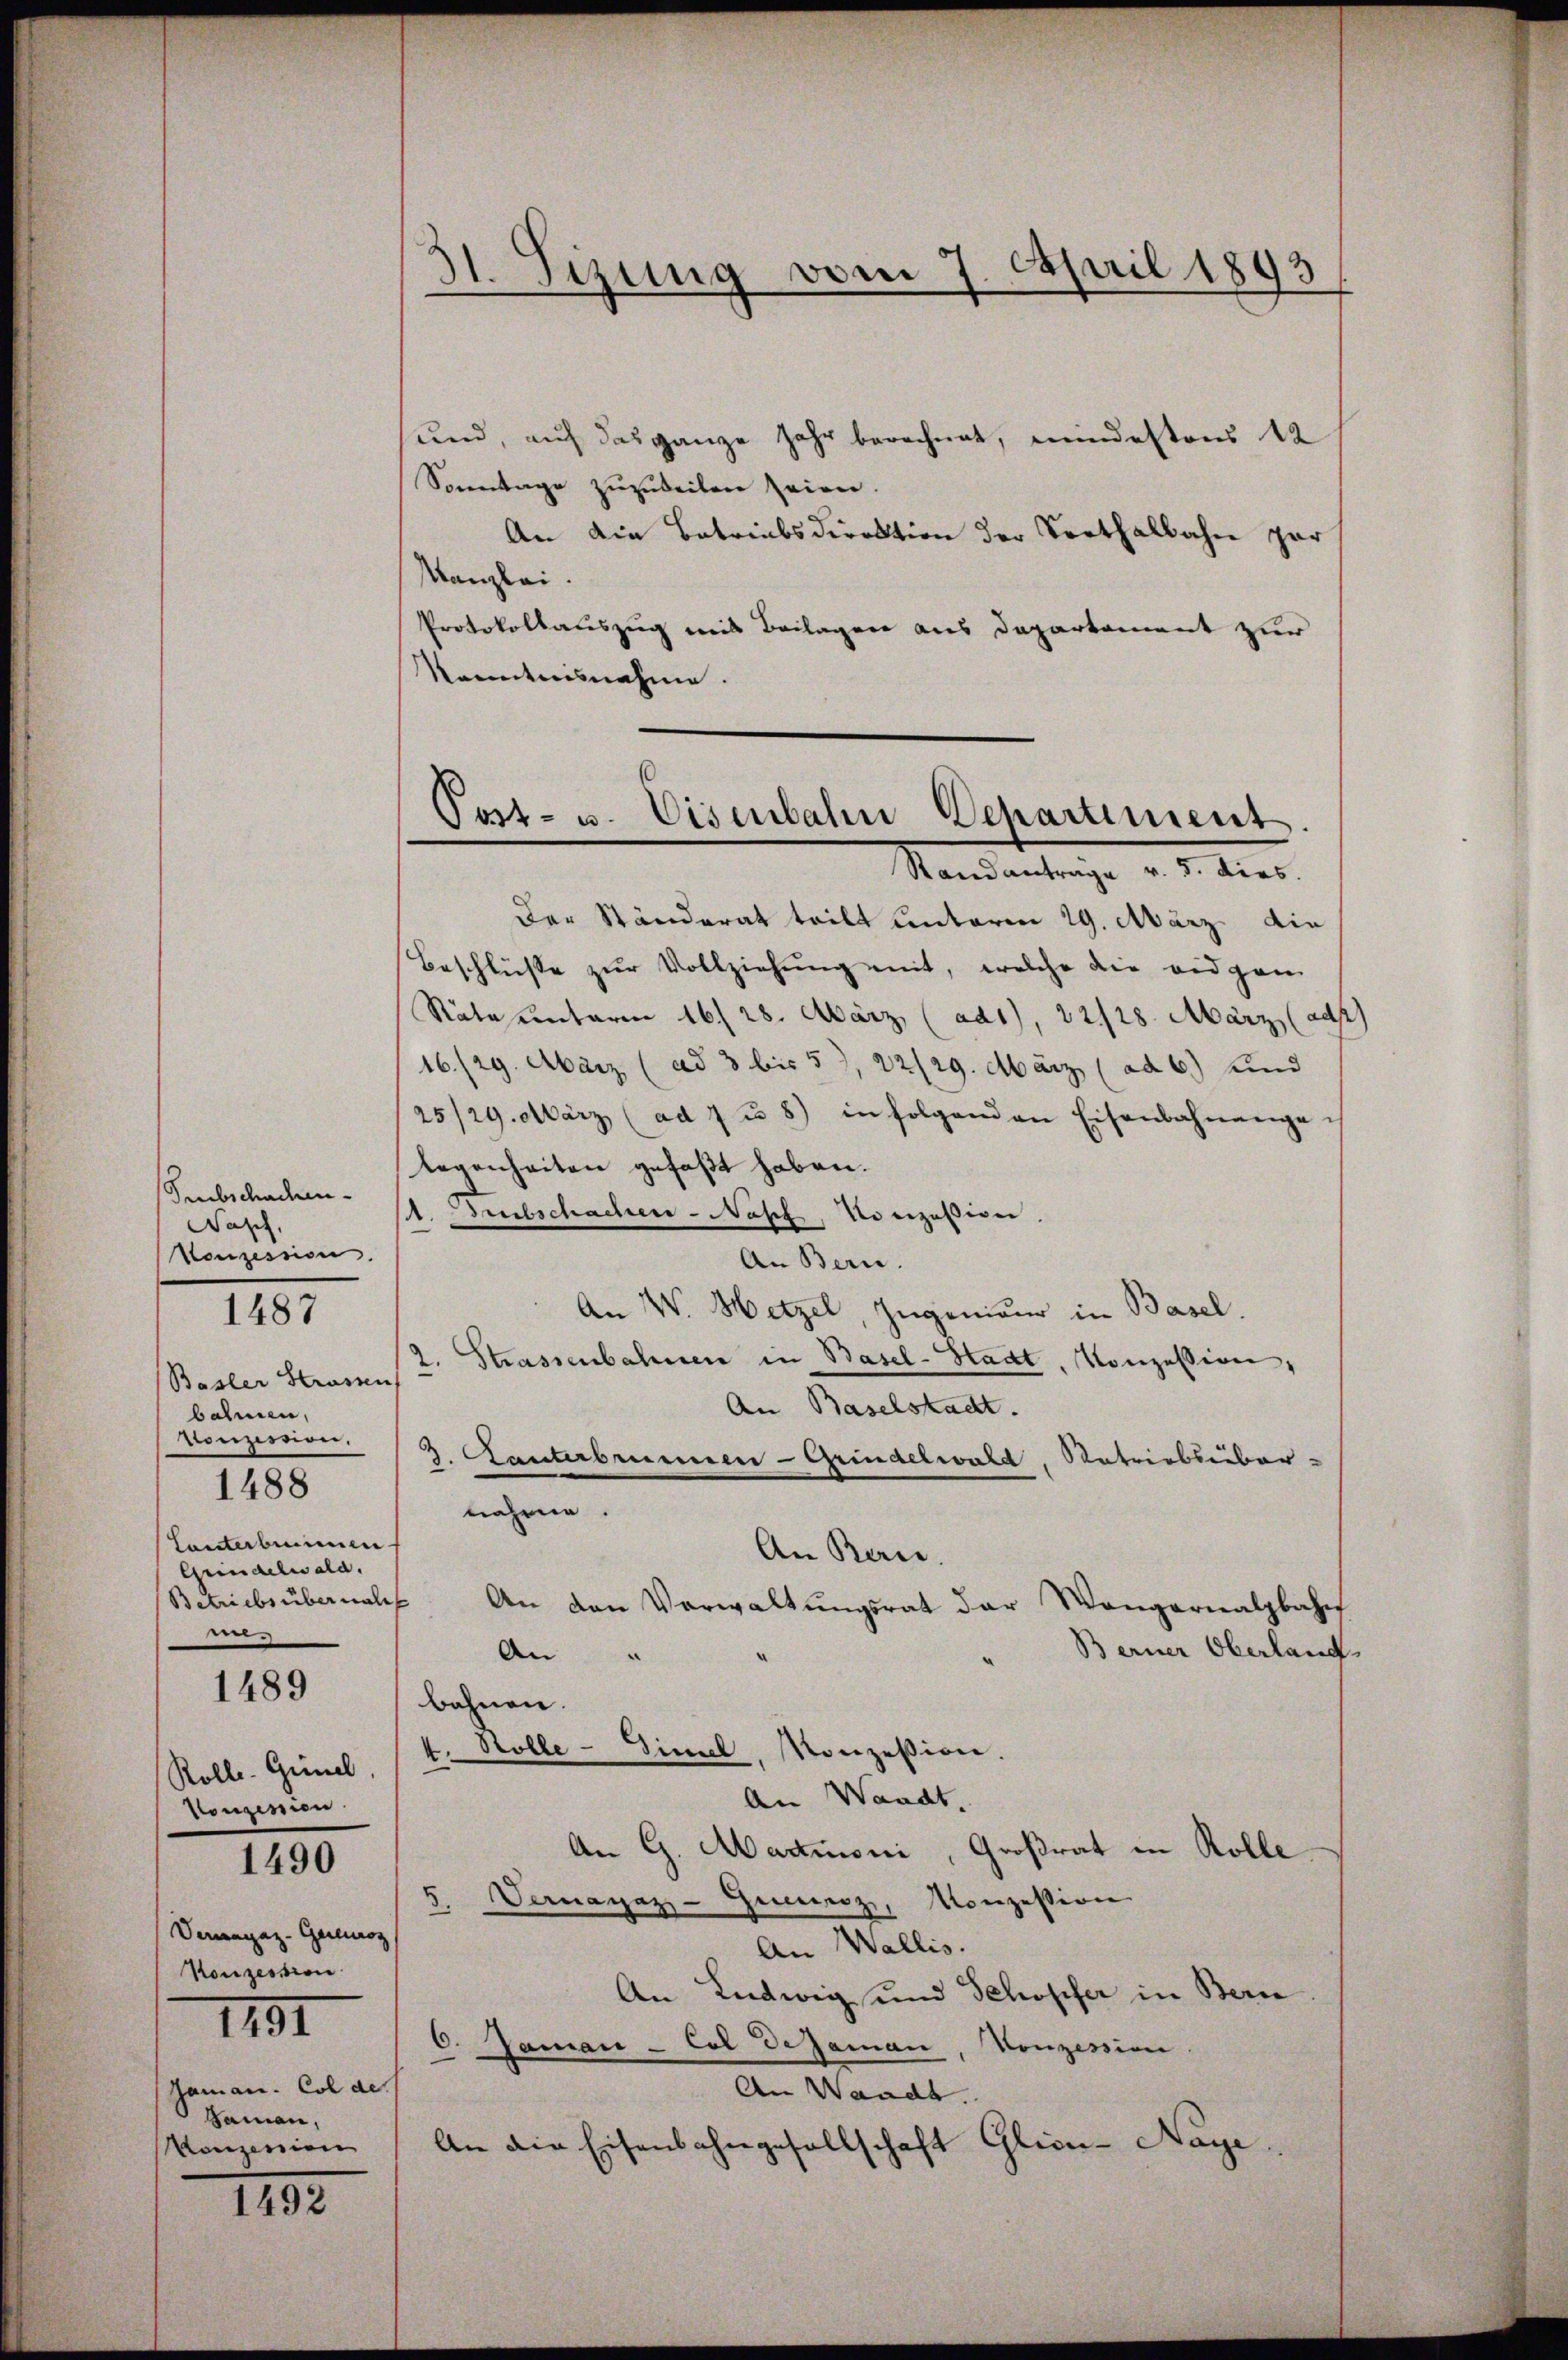
Smbschaden¬
Nasch,
Vonzession.
Basler Strassen
bahnen,
vonzession.
Lanterbenen
Grindelwald.
Betriebsübernah
mn
1489
Rolle. Grinel
Houzinen

1487

1488

1490

Vemagaz-Guloz
Konzession
Haman. Col de
Saman,
Konzession

1751

1492

31. Sizung vom 7. April 1893

und, auf das ganze Jahr berechnet, mindestens 12
Sonntage zuzuweilen seien.
An die Betriebsdirektion der Vorthalbahn zur
Kanzlei.
Protokollauszug mit Beilagen aus Departement zur
Kenntnisnahme.

Post- u. Eisenbahn Departement.
Standantrage v. 5. dies.

Der Ständerat teilt unterm 29. März die
Beschlüsse zŭr Vollziehung mit, welche die eidgen
Räte unterm 16. 28. März, (ad1), 22128. März (ad
16./29. März (ad 3 bis 5), 22/29. März (ad 6) und
25/29. März (ad 7 u. 8) in folgenden Eisenbahnange
legenheiten gefaßt haben.
1. Abschachen-Nasz, Konzession
An Bern
An W. Hetzel, Ingenieur in Basel.
2. Strassenbahner in Basel-Stadt, Konzession,
An Baselstacht.
2. Kanterbrunnen-Grindelwald, Matriebsüber-
nahme.
An Bern.
e
An den Verwaltŭngsrat der Wangernalbahn
Berner Oberland.
An
.
bahnen.
4. Stolle - Simil, Konzession.
An Waadt.
An G. Martimoni, Großrat in Rolle
5. Vernayaz-Guiz, Konzession
An Wallis.
An Ludwig und Schopfer in Bern
6
"Jaman-Col Dejaman, Konzession
An Waadt.
An die Eisenbahngesellschaft Glien-Nage¬